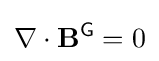
\nabla \cdot \mathbf {B} ^{\textsf {G}}=0